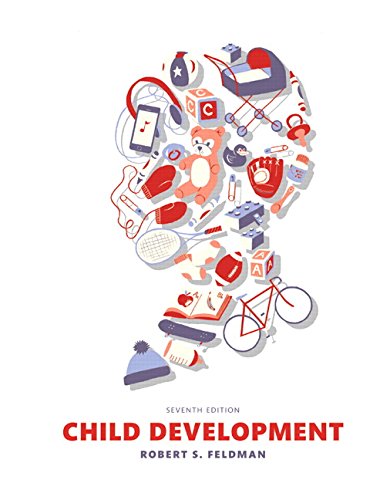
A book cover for Child Development (7th Edition); Robert S. Feldman Ph.D.; Medical Books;